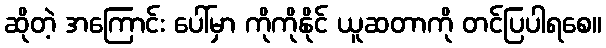
ဆိုတဲ့ အကြောင်း ပေါ်မှာ ကိုကိုနိုင် ယူဆတာကို တင်ပြပါရစေ။